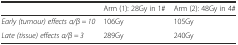
<table><thead><tr><td></td><td><b>Arm (1): 28Gy in 1#</b></td><td><b>Arm (2): 48Gy in 4#</b></td></tr></thead><tbody><tr><td><i>Early (tumour) effects α/β = 10</i></td><td>106Gy</td><td>105Gy</td></tr><tr><td><i>Late (tissue) effects α/β = 3</i></td><td>289Gy</td><td>240Gy</td></tr></tbody></table>